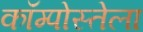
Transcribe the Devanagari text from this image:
कॉम्पोस्तेला